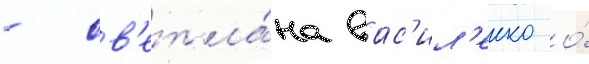
- св'етла́на вас'ил'енко о́